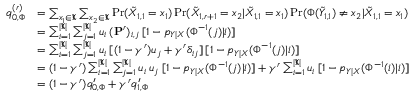
\begin{array} { r l } { q _ { 0 , \Phi } ^ { ( r ) } } & { = \sum _ { x _ { 1 } \in \mathfrak { X } } \sum _ { x _ { 2 } \in \mathfrak { X } } \operatorname* { P r } ( \tilde { X } _ { 1 , 1 } = x _ { 1 } ) \operatorname* { P r } ( \tilde { X } _ { 1 , r + 1 } = x _ { 2 } | \tilde { X } _ { 1 , 1 } = x _ { 1 } ) \operatorname* { P r } ( \Phi ( \tilde { Y } _ { 1 , 1 } ) \neq x _ { 2 } | \tilde { X } _ { 1 , 1 } = x _ { 1 } ) } \\ & { = \sum _ { i = 1 } ^ { | \mathfrak { X } | } \sum _ { j = 1 } ^ { | \mathfrak { X } | } u _ { i } \: ( \mathbf { P } ^ { r } ) _ { i , j } \: [ 1 - p _ { Y | X } ( \Phi ^ { - 1 } ( j ) | i ) ] } \\ & { = \sum _ { i = 1 } ^ { | \mathfrak { X } | } \sum _ { j = 1 } ^ { | \mathfrak { X } | } u _ { i } \: [ ( 1 - \gamma ^ { r } ) u _ { j } + \gamma ^ { r } \delta _ { i j } ] \: [ 1 - p _ { Y | X } ( \Phi ^ { - 1 } ( j ) | i ) ] } \\ & { = ( 1 - \gamma ^ { r } ) \sum _ { i = 1 } ^ { | \mathfrak { X } | } \sum _ { j = 1 } ^ { | \mathfrak { X } | } u _ { i } \: u _ { j } \: [ 1 - p _ { Y | X } ( \Phi ^ { - 1 } ( j ) | i ) ] + \gamma ^ { r } \sum _ { i = 1 } ^ { | \mathfrak { X } | } u _ { i } \: [ 1 - p _ { Y | X } ( \Phi ^ { - 1 } ( i ) | i ) ] } \\ & { = ( 1 - \gamma ^ { r } ) q _ { 0 , \Phi } ^ { \prime } + \gamma ^ { r } q _ { 1 , \Phi } ^ { \prime } } \end{array}